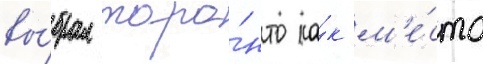
вы́брал торо́нто ка́к м'е́сто